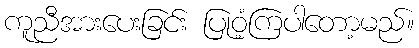
ကူညီအားပေးခြင်း ပြုဝံ့ကြပါတော့မည်။